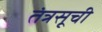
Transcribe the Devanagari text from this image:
तंत्रसूची